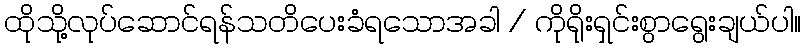
ထိုသို့လုပ်ဆောင်ရန်သတိပေးခံရသောအခါ / ကိုရိုးရှင်းစွာရွေးချယ်ပါ။